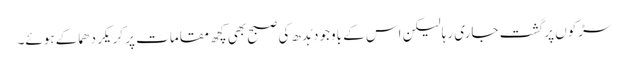
سڑکوں پر گشت جاری رہا لیکن اس کے باوجود بُدھ کی صبح بھی کچھ مقامات پر کریکر دھماکے ہوئے۔